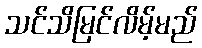
သင်သိမြင်လိမ့်မည်